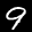
Label: 9